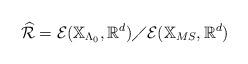
LaTeX: \begin{align*} \widehat{\mathcal{R}}= \mathcal{E}(\mathbb{X}_{\Lambda _0},\mathbb{R}^d)\diagup \mathcal{E}(\mathbb{X}_{MS},\mathbb{R}^d)\end{align*}